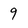
Character: 9